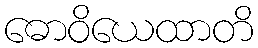
ဓောဝိယေထာတိ